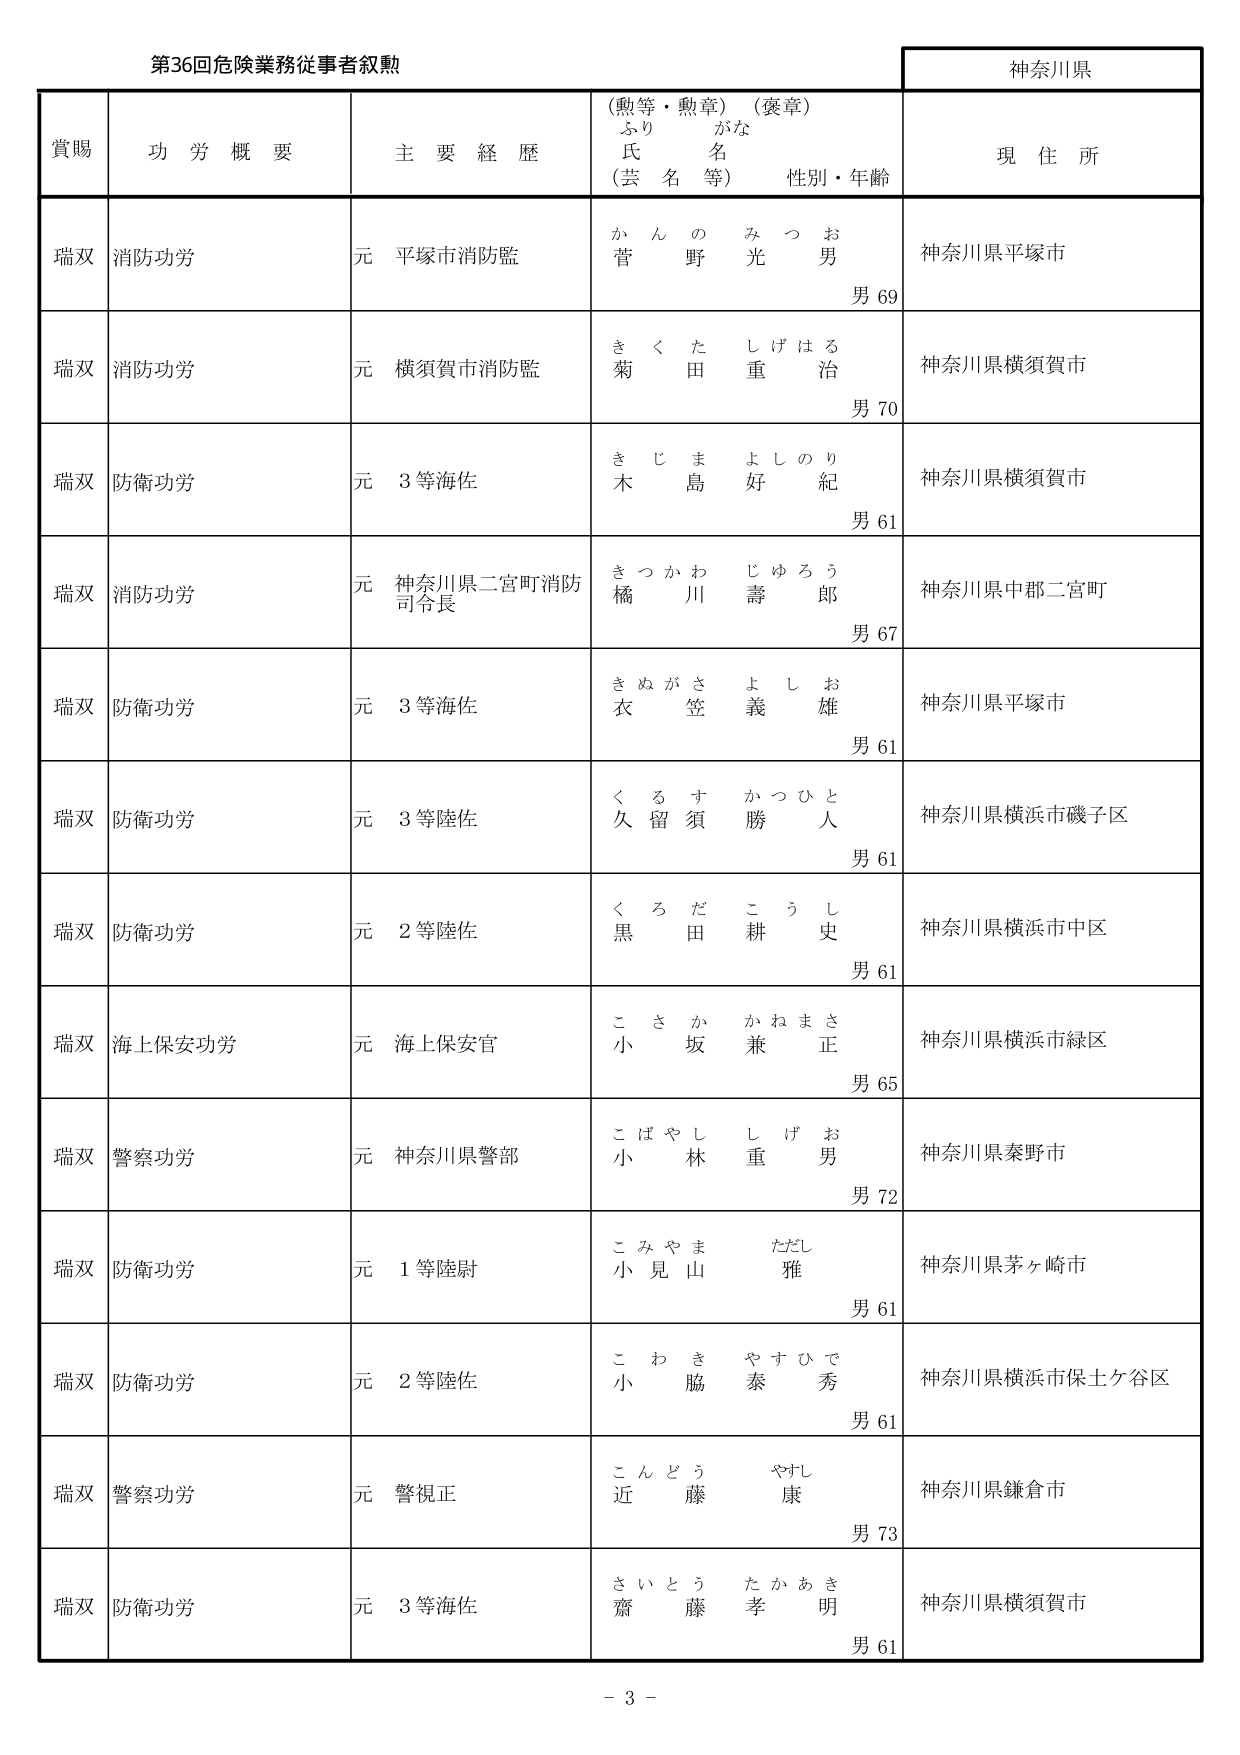
第36回危険業務従事者叙勲

神奈川県

賞賜　　功労概要　　主要経歴　　（勲等・勲章）（褒章）　　現住所
　　　　　　　　　　　ふりがな
　　　　　　　　　　　氏名
　　　　　　　　　　　（芸名等）　　性別・年齢

瑞双　消防功労　　元 平塚市消防監　　かんの　みつお　　神奈川県平塚市
　　　　　　　　　　　　　　　　　　　菅野　光男　　男 69

瑞双　消防功労　　元 横須賀市消防監　　きくた　しげはる　　神奈川県横須賀市
　　　　　　　　　　　　　　　　　　　菊田　重治　　男 70

瑞双　防衛功労　　元 3等海佐　　きじま　よしのり　　神奈川県横須賀市
　　　　　　　　　　　　　　　　　　木島　好紀　　男 61

瑞双　消防功労　　元 神奈川県二宮町消防　　きつかわ　じゅろう　　神奈川県中郡二宮町
　　　　　　　　　　司令長　　　　　　　　橘川　壽郎　　男 67

瑞双　防衛功労　　元 3等海佐　　きぬがさ　よしお　　神奈川県平塚市
　　　　　　　　　　　　　　　　　　衣笠　義雄　　男 61

瑞双　防衛功労　　元 3等陸佐　　くるす　かつひと　　神奈川県横浜市磯子区
　　　　　　　　　　　　　　　　　　久留須　勝人　　男 61

瑞双　防衛功労　　元 2等陸佐　　くろだ　こうし　　神奈川県横浜市中区
　　　　　　　　　　　　　　　　　　黒田　耕史　　男 61

瑞双　海上保安功労　　元 海上保安官　　こさか　かねまさ　　神奈川県横浜市緑区
　　　　　　　　　　　　　　　　　　　小坂　兼正　　男 65

瑞双　警察功労　　元 神奈川県警部　　こばやし　しげお　　神奈川県秦野市
　　　　　　　　　　　　　　　　　　　小林　重男　　男 72

瑞双　防衛功労　　元 1等陸尉　　こみやま　ただし　　神奈川県茅ヶ崎市
　　　　　　　　　　　　　　　　　　小見山　雅　　男 61

瑞双　防衛功労　　元 2等陸佐　　こわき　やすひで　　神奈川県横浜市保土ケ谷区
　　　　　　　　　　　　　　　　　　小脇　泰秀　　男 61

瑞双　警察功労　　元 警視正　　こんどう　やすし　　神奈川県鎌倉市
　　　　　　　　　　　　　　　　　　近藤　康　　男 73

瑞双　防衛功労　　元 3等海佐　　さいとう　たかあき　　神奈川県横須賀市
　　　　　　　　　　　　　　　　　　齋藤　孝明　　男 61

－ 3 －